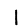
Digit: 1